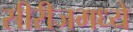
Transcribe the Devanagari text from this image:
सीरीजमध्ये